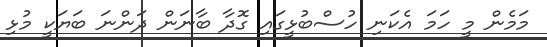
މަމެން މީ ހަމަ އެކަނި ހުސްބުޅީގައި ގޮދާ ބާނަން ދަންނަ ބަޔަކީ މުޅި